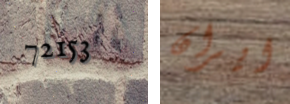
72153 ايران